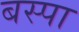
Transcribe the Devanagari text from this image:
बस्‍पा